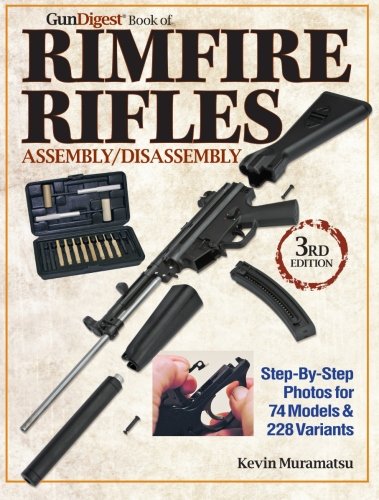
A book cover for The Gun Digest Book of Rimfire Rifles Assembly/Disassembly: Step-by-Step Photos for 74 Models & 228 Variables (Gun Digest Books); Kevin Muramatsu; Crafts, Hobbies & Home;